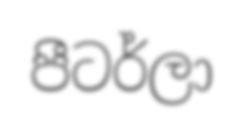
පීටර්ලා